Note on the mental hospitals in Burma - 1925-1940
Year: 1925
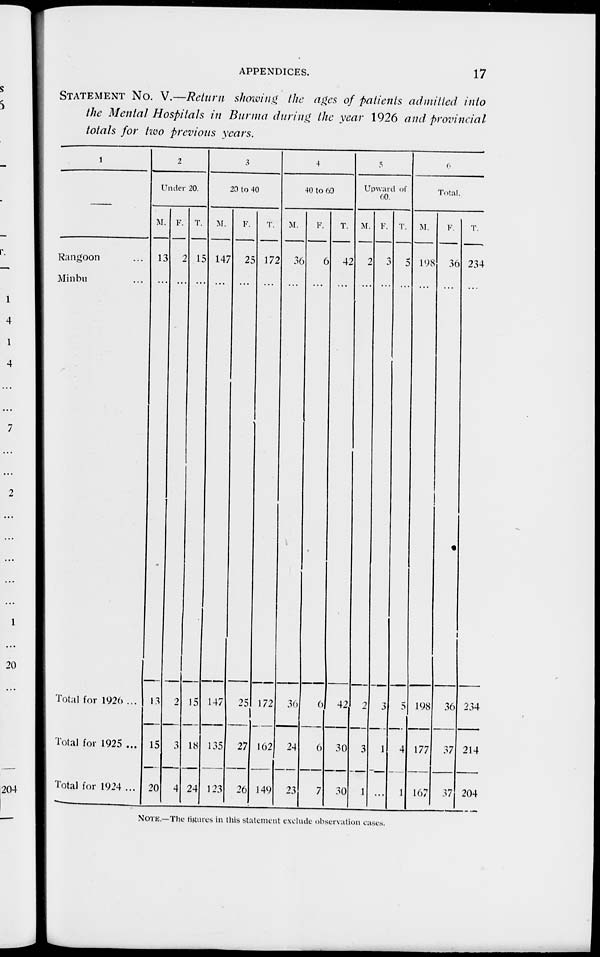
APPENDICES.
17
STATEMENT No. V.—Return showing the ages of patients admitted into
the Mental Hospitals in Burma during the year 1926 and provincial
totals for two previous years.
1
Rangoon ...
Minbu ...
Total for 1926 ...
Total for 1925 ...
Total for 1924 ...
2
Under 20.
M.
13
...
13
15
20
F.
2
...
2
3
4
T.
15
...
15
18
24
3
20 to 40.
M.
147
...
147
135
123
F.
25
...
25
27
26
T.
172
...
172
162
149
4
40 to 60.
M.
36
...
36
24
23
F.
6
...
6
6
7
T.
42
...
42
30
30
5
Upward of
60.
M.
2
...
2
3
1
F.
3
...
3
1
...
T.
5
...
5
4
1
6
Total.
M.
198
...
198
177
167
F.
36
...
36
37
37
T.
234
...
234
214
204
NOTE.—The figures in this statement exclude observation cases.